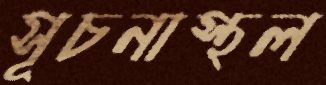
সূচনাস্থল